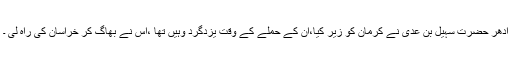
ادھر حضرت سہیل بن عدی نے کرمان کو زیر کیا،ان کے حملے کے وقت یزدگرد وہیں تھا ،اس نے بھاگ کر خراسان کی راہ لی ۔